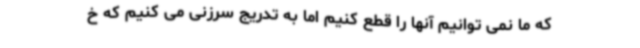
که ما نمی توانیم آنها را قطع کنیم اما به تدریج سرزنی می کنیم که خ